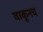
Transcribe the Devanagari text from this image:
वाकूनच